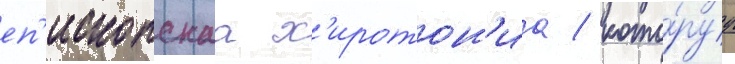
еп'ископскаа х'иротон'иа / кото́руу